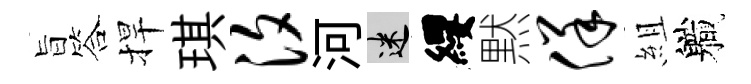
旨答捍琪汐河迷纓黙佯組軄